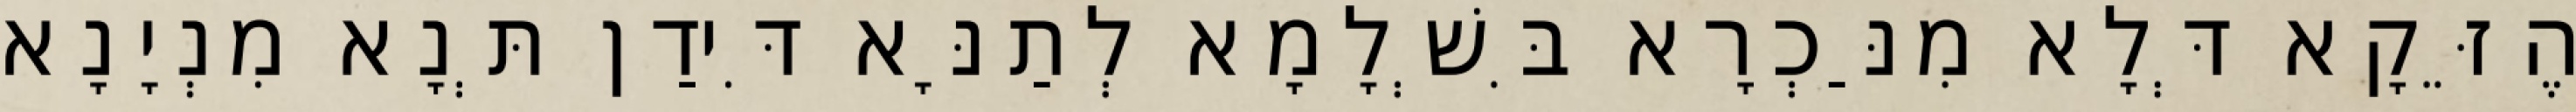
הֶזֵּקָא דְּלָא מִנַּכְרָא בִּשְׁלָמָא לְתַנָּא דִּידַן תְּנָא מִנְיָנָא